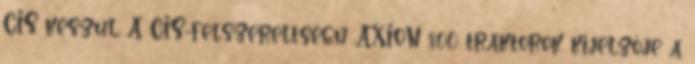
CIS készül. A CIS-felszereltségű AXION 800 traktorok kijelzője a